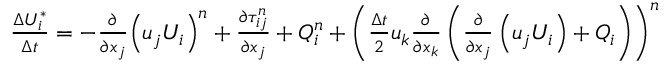
\begin{array} { r } { \frac { \Delta U _ { i } ^ { * } } { \Delta t } = - \frac { \partial } { \partial { { x } _ { j } } } { { \left( { { u } _ { j } } { { U } _ { i } } \right) } ^ { n } } + \frac { \partial \tau _ { i j } ^ { n } } { \partial { { x } _ { j } } } + Q _ { i } ^ { n } + { { \left( \frac { \Delta t } { 2 } { { u } _ { k } } \frac { \partial } { \partial { { x } _ { k } } } \left( \frac { \partial } { \partial { { x } _ { j } } } \left( { { u } _ { j } } { { U } _ { i } } \right) + { { Q } _ { i } } \right) \right) } ^ { n } } } \end{array}